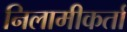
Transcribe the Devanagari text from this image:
निलामीकर्ता